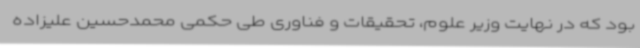
بود که در نهایت وزیر علوم، تحقیقات و فناوری طی حکمی محمدحسین علیزاده